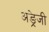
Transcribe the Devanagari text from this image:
अङ्रेजी